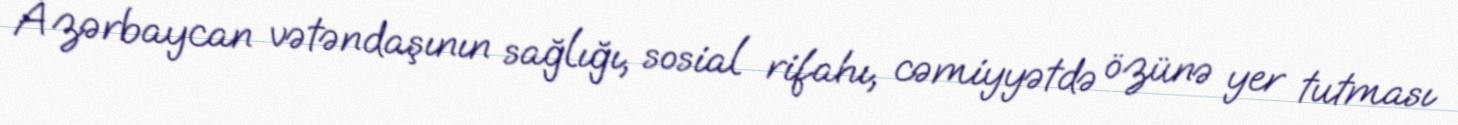
Azərbaycan vətəndaşının sağlığı, sosial rifahı, cəmiyyətdə özünə yer tutması